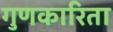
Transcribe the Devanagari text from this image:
गुणकारिता